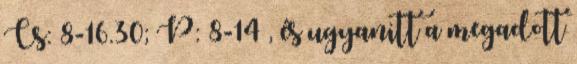
Cs: 8-16.30; P: 8-14 , és ugyanitt a megadott